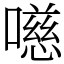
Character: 㘂